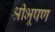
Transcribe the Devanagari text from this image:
श्रीभूषण